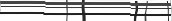
٩٧